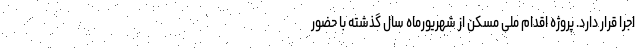
اجرا قرار دارد. پروژه اقدام ملی مسکن از شهریورماه سال گذشته با حضور